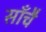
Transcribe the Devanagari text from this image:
साँचै